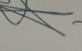
Signature authenticity: genuine